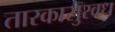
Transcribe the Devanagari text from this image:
तारकासुरवध